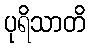
ပုရိသာတိ